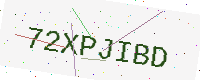
Text: 72XPJIBD